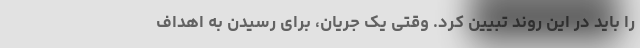
را باید‌ در این روند تبیین کرد. وقتی یک جریان، برای رسیدن به اهداف